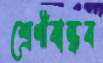
শ্রেণীবান্ধব